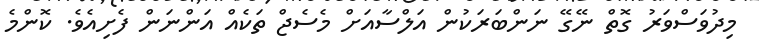
މިދުވަސްވަރު ގޮތް ނޭގޭ ނަންބަރަކުން އަލްސާއަށް މެސެޖް ތަކެއް އަންނަން ފެށިއެވެ. ކޮންމެ